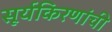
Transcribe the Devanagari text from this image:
सूर्यकिरणांची